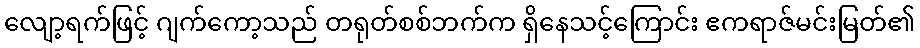
လျော့ရက်ဖြင့် ဂျက်ကော့သည် တရုတ်စစ်ဘက်က ရှိနေသင့်ကြောင်း ဧကရာဇ်မင်းမြတ်၏